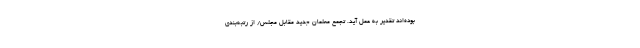
بوده‌اند تقدیر به عمل آید. تجمع معلمان جدید مقابل مجلس/ از رتبه‌بندی